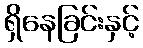
ရှိနေခြင်းနှင့်